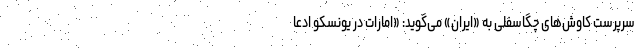
سرپرست کاوش‌های چگاسفلی به «ایران» می‌گوید: «امارات در یونسکو ادعا